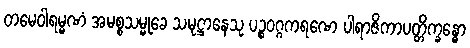
တမေဝါရမ္မဏံ အမစ္စသမ္မုခေ သမုဋ္ဌာနေသု ပဉ္စဝဂ္ဂကရဏေ ပါရာဇိကာပတ္တိက္ခန္ဓော